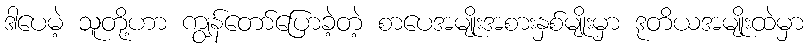
ဒါပေမဲ့ သူတို့ဟာ ကျွန်တော်ပြောခဲ့တဲ့ စာပေအမျိုးအစားနှစ်မျိုးမှာ ဒုတိယအမျိုးထဲမှာ